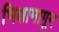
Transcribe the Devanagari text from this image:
भिक्षामागून